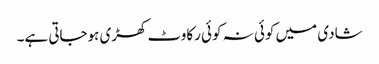
شادی میں کوئی نہ کوئی رکاوٹ کھڑی ہوجاتی ہے۔